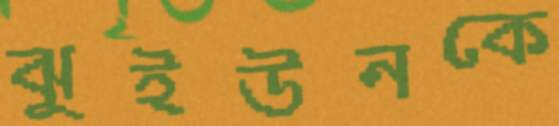
ঝুইউনকে